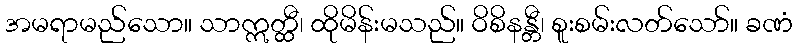
အမရာမည်သော။ သာဣတ္ထီ၊ ထိုမိန်းမသည်။ ဝိစိနန္တီ၊ စူးစမ်းလတ်သော်။ ခဏံ